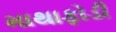
માથાફોડી